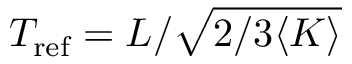
T _ { \mathrm { r e f } } = L / \sqrt { 2 / 3 \langle K \rangle }